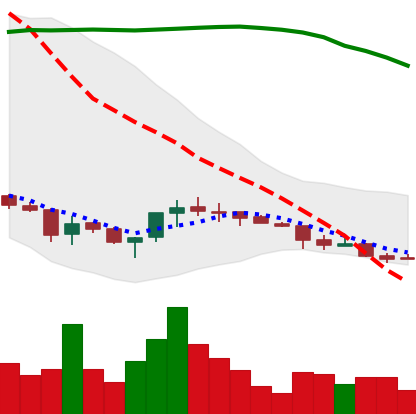
Ticker: ETC-USD
Chart end date: 2018-03-31
Forward return: -4.539%
Label: down_3_5